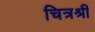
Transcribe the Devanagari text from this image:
चित्रश्री